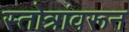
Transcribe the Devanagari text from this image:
स्तोत्रांवरून